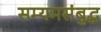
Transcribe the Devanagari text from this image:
सम्यमसंबुद्ध